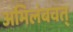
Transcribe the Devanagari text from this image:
अभिलंबवत्